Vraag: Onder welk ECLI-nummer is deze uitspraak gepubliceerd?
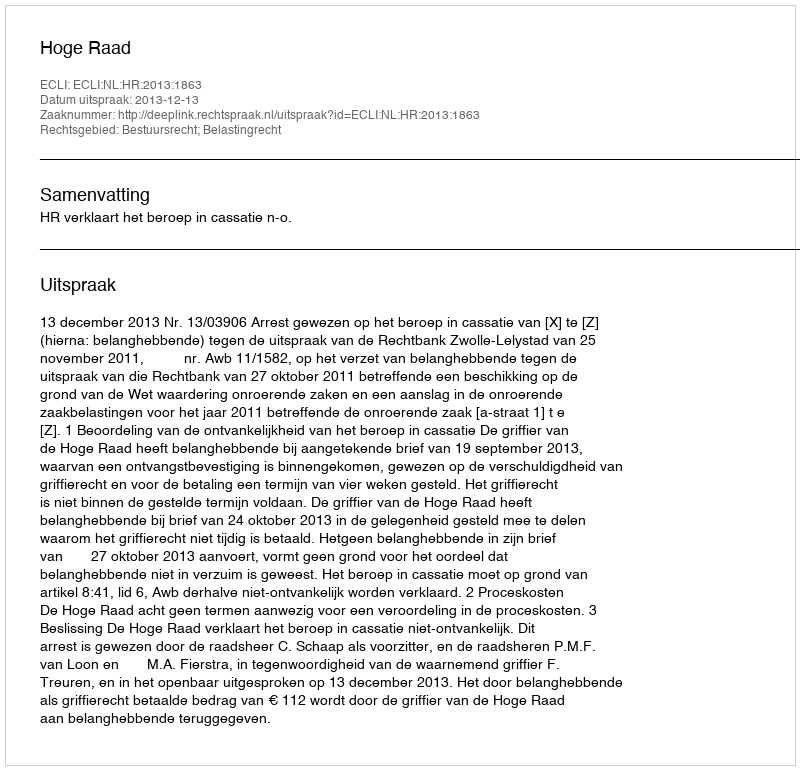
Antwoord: ECLI:NL:HR:2013:1863